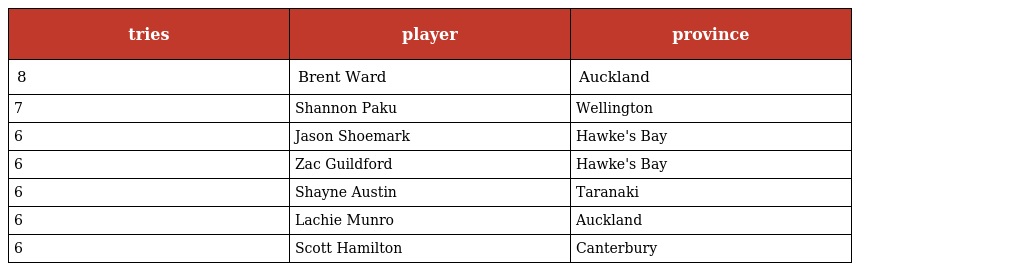
| tries | player | province |
 | --- | --- | --- |
 | 8 | Brent Ward | Auckland |
 | 7 | Shannon Paku | Wellington |
 | 6 | Jason Shoemark | Hawke's Bay |
 | 6 | Zac Guildford | Hawke's Bay |
 | 6 | Shayne Austin | Taranaki |
 | 6 | Lachie Munro | Auckland |
 | 6 | Scott Hamilton | Canterbury |